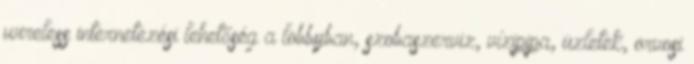
wireless internetezési lehetőség a lobbyban, szobaszerviz, vízipipa, üzletek, orvosi